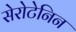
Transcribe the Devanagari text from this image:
सेरोटेनिन